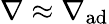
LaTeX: \nabla\approx\nabla_{\mathrm{ad}}